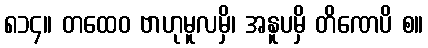
၈၁၄။ တထေဝ ဗာဟုမူလမှိ၊ အနူပမှိ တိဏေပိ စ။